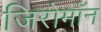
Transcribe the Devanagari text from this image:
जिरोमॉन